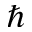
\hbar